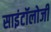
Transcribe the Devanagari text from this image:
साइंटॉलोजी